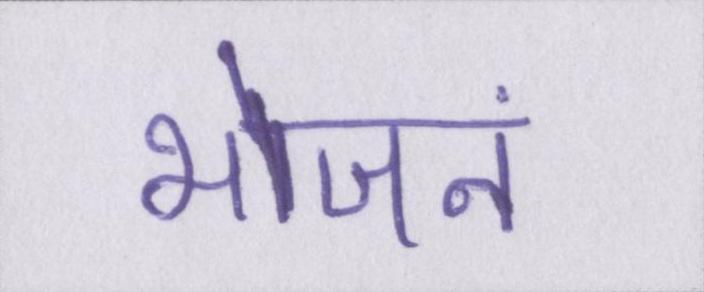
भोजनं